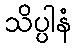
သိပ္ပါနံ